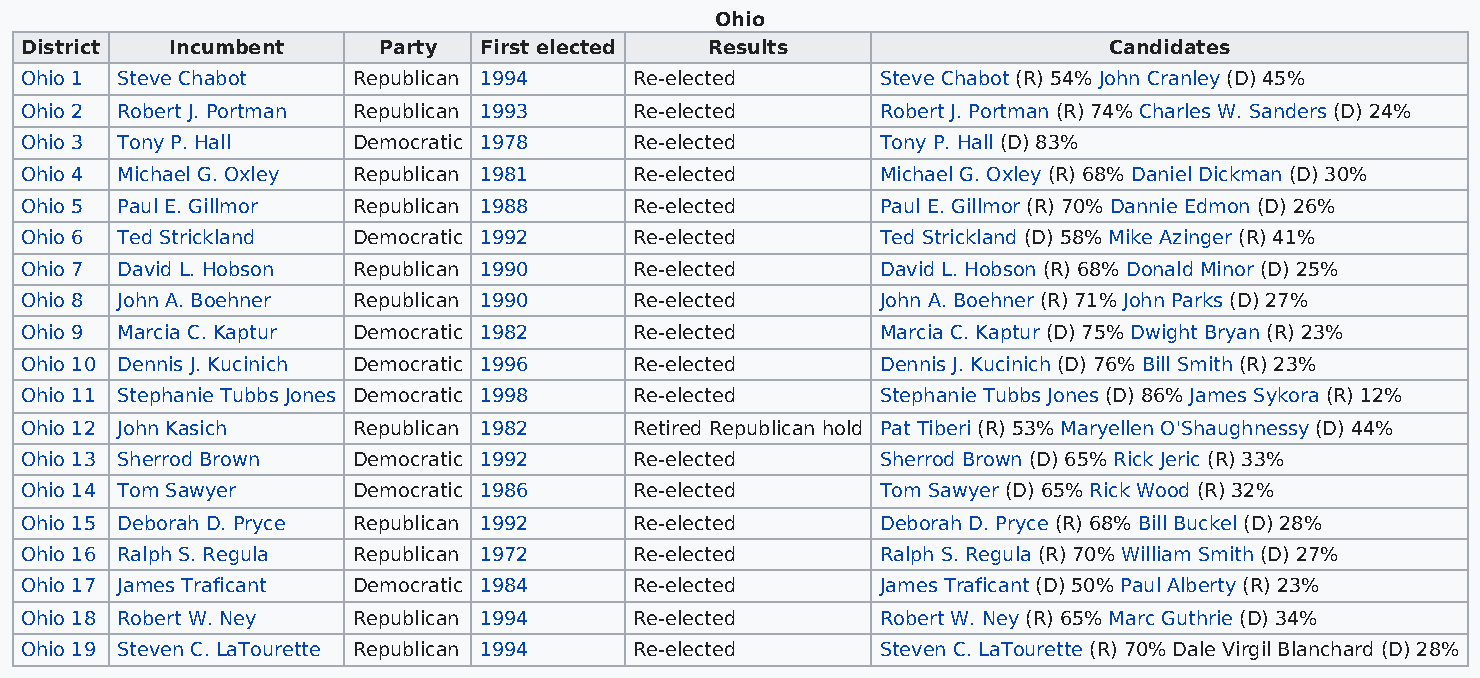
Ohio
 District  Incumbent     Party  First elected  Results                   Candidates
 Ohio 1 Steve Chabot   Republican 1994    Re-elected      Steve Chabot (R) 54% John Cranley (D) 45%
 Ohio 2 Robert J. Portman Republican 1993 Re-elected      Robert J. Portman (R) 74% Charles W. Sanders (D) 24%
 Ohio 3 Tony P. Hall   Democratic 1978    Re-elected      Tony P. Hall (D) 83%
 Ohio 4 Michael G. Oxley Republican 1981  Re-elected      Michael G. Oxley (R) 68% Daniel Dickman (D) 30%
 Ohio 5 Paul E. Gillmor Republican 1988   Re-elected      Paul E. Gillmor (R) 70% Dannie Edmon (D) 26%
 Ohio 6 Ted Strickland Democratic 1992    Re-elected      Ted Strickland (D) 58% Mike Azinger (R) 41%
 Ohio 7 David L. Hobson Republican 1990   Re-elected      David L. Hobson (R) 68% Donald Minor (D) 25%
 Ohio 8 John A. Boehner Republican 1990   Re-elected      John A. Boehner (R) 71% John Parks (D) 27%
 Ohio 9 Marcia C. Kaptur Democratic 1982  Re-elected      Marcia C. Kaptur (D) 75% Dwight Bryan (R) 23%
 Ohio 10 Dennis J. Kucinich Democratic 1996 Re-elected    Dennis J. Kucinich (D) 76% Bill Smith (R) 23%
 Ohio 11 Stephanie Tubbs Jones Democratic 1998 Re-elected Stephanie Tubbs Jones (D) 86% James Sykora (R) 12%
 Ohio 12 John Kasich   Republican 1982    Retired Republican hold Pat Tiberi (R) 53% Maryellen O'Shaughnessy (D) 44%
 Ohio 13 Sherrod Brown Democratic 1992    Re-elected      Sherrod Brown (D) 65% Rick Jeric (R) 33%
 Ohio 14 Tom Sawyer    Democratic 1986    Re-elected      Tom Sawyer (D) 65% Rick Wood (R) 32%
 Ohio 15 Deborah D. Pryce Republican 1992 Re-elected      Deborah D. Pryce (R) 68% Bill Buckel (D) 28%
 Ohio 16 Ralph S. Regula Republican 1972  Re-elected      Ralph S. Regula (R) 70% William Smith (D) 27%
 Ohio 17 James Traficant Democratic 1984  Re-elected      James Traficant (D) 50% Paul Alberty (R) 23%
 Ohio 18 Robert W. Ney Republican 1994    Re-elected      Robert W. Ney (R) 65% Marc Guthrie (D) 34%
 Ohio 19 Steven C. LaTourette Republican 1994 Re-elected  Steven C. LaTourette (R) 70% Dale Virgil Blanchard (D) 28%